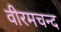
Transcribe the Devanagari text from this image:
वीरमचन्द